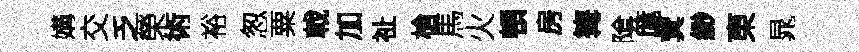
媾交乏榮術裕怱粟戟加祉槍馬火頓房篝隂厖蓂緲東晁